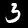
Digit: 3